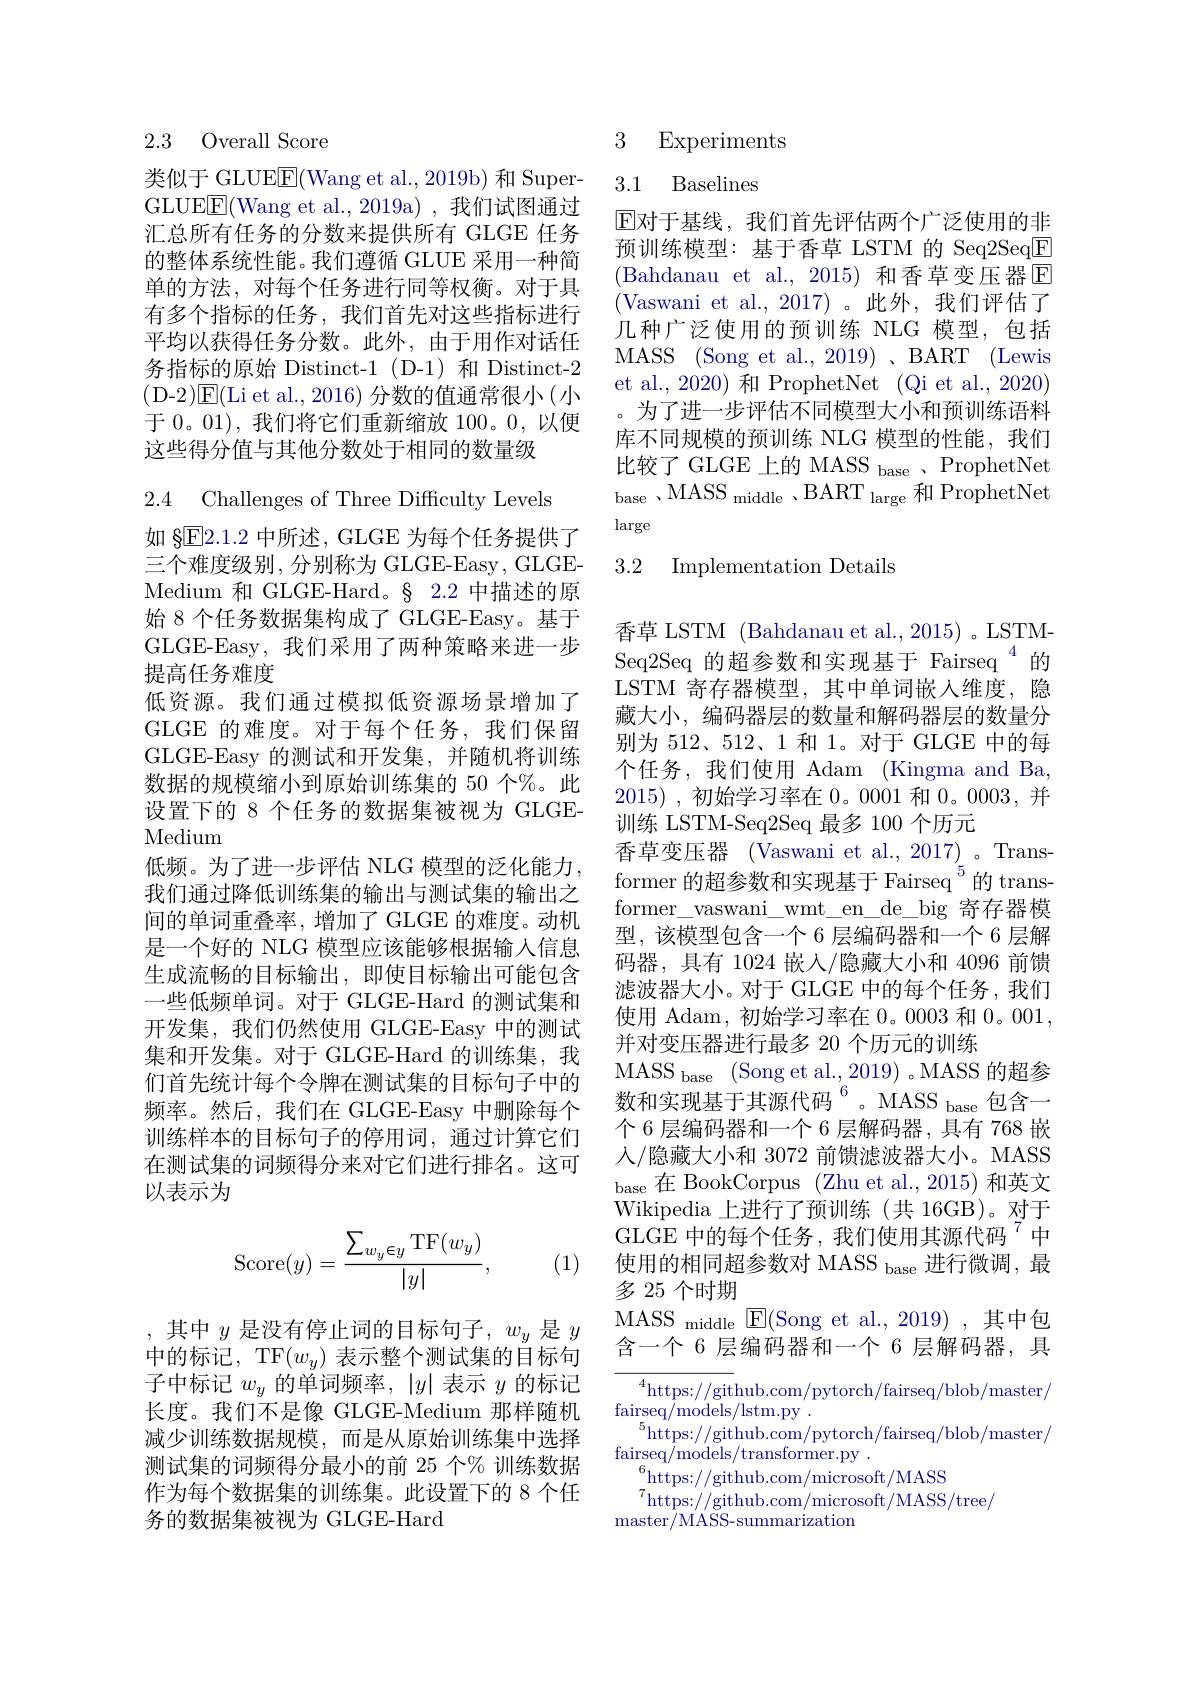
## 2.3 Overall Score

类似于 GLUE$\underline{\mathrm{E}}($Wang et al.,2019b) 和 SuperGLUE$\underline{\mathrm{E}}($Wang et al., 2019a) , 我们试图通过汇总所有任务的分数来提供所有 GLGE 任务的整体系统性能。我们遵循 GLUE 采用一种简单的方法，对每个任务进行同等权衡。对于具有多个指标的任务，我们首先对这些指标进行平均以获得任务分数。此外，由于用作对话任务指标的原始 Distinct-1 (D-1)和 Distinct-2 (D-2)[E(Li et al., 2016) 分数的值通常很小(小于 0。01), 我们将它们重新缩放 100。0, 以便这些得分值与其他分数处于相同的数量级

2.4 Challenges of Three Difficulty Levels
如 §$\underline{\mathrm{E}}2.1.2$中所述，GLGE 为每个任务提供了三个难度级别，分别称为 GLGE-Easy, GLGEMedium 和 GLGE-Hard。§ 2.2 中描述的原始 8 个任务数据集构成了 GLGE-Easy。基于GLGE-Easy, 我们采用了两种策略来进一步提高任务难度
低资源。我们通过模拟低资源场景增加了GLGE 的难度。对于每个任务，我们保留GLGE-Easy 的测试和开发集，并随机将训练数据的规模缩小到原始训练集的 50 个%。此设置下的 8 个任务的数据集被视为 GLGEMedium
低频。为了进一步评估 NLG 模型的泛化能力， 我们通过降低训练集的输出与测试集的输出之间的单词重叠率，增加了 GLGE 的难度。动机是一个好的 NLG 模型应该能够根据输入信息生成流畅的目标输出，即使目标输出可能包含一些低频单词。对于 GLGE-Hard 的测试集和开发集，我们仍然使用 GLGE-Easy 中的测试集和开发集。对于 GLGE-Hard 的训练集，我们首先统计每个令牌在测试集的目标句子中的频率。然后，我们在 GLGE-Easy 中删除每个训练样本的目标句子的停用词，通过计算它们在测试集的词频得分来对它们进行排名。这可以表示为
$$\mathrm{Score}(y)=\frac{\sum_{w_y\in y}\mathrm{TF}(w_y)}{|y|},$$
(1)

,其中$y$是没有停止词的目标句子$,w_y$是$y$ 中的标记，TF$(w_y)$表示整个测试集的目标句子中标记$w_y$的单词频率，$|y|$表示$y$的标记长度。我们不是像 GLGE-Medium 那样随机减少训练数据规模，而是从原始训练集中选择测试集的词频得分最小的前 25 个% 训练数据作为每个数据集的训练集。此设置下的 8 个任务的数据集被视为 GLGE-Hard

# 3 Experiments

## 3.1 Baselines

$\mathbb{E}$对于基线，我们首先评估两个广泛使用的非预训练模型：基于香草 LSTM 的 Seq2SeqE (Bahdanau et al.,2015)和香草变压器$\mathbb{E}$ (Vaswani et al.,2017)。此外，我们评估了几种广泛使用的预训练 NLG 模型，包括MASS (Song et al., 2019) 、BART (Lewis et al., 2020) 和 ProphetNet (Qi et al., 2020) 。为了进一步评估不同模型大小和预训练语料库不同规模的预训练 NLG 模型的性能，我们比较了 GLGE 上的 MASS base , ProphetNet base $, \mathrm{MASS~}_{\mathrm{middle}}$ $, \mathrm{BART~}_{\mathrm{large}}^{\mathrm{ouc}}$和ProphetNet large

### 3.2 Implementation Details

香草 LSTM (Bahdanau et al., 2015) 。LSTMSeq2Seq 的超参数和实现基于 Fairseq $^{4}$的LSTM 寄存器模型，其中单词嵌人维度，隐藏大小，编码器层的数量和解码器层的数量分别为 512、512、1 和 1。对于 GLGE 中的每个任务，我们使用 Adam (Kingma and Ba, 2015) ,初始学习率在0。0001 和0。0003,并训练 LSTM-Seq2Seq 最多 100 个历元
香草变压器 (Vaswani et al., 2017) 。Transformer 的超参数和实现基于 Fairseq $^{5}$的 transformer\_vaswani\_wmt\_en\_de\_big 寄存器模型，该模型包含一个 6 层编码器和一个 6 层解码器，具有 1024 嵌入/隐藏大小和 4096 前馈滤波器大小。对于 GLGE 中的每个任务，我们使用 Adam, 初始学习率在 0。0003 和0。001, 并对变压器进行最多 20 个历元的训练
MASS base (Song et al., 2019) 。MASS 的超参数和实现基于其源代码$^{6}$。MASS base 包含一个 6 层编码器和一个 6 层解码器 , 具有 768 嵌人/隐藏大小和 3072 前馈滤波器大小。MASS base 在 BookCorpus (Zhu et al., 2015) 和英文Wikipedia 上进行了预训练(共 16GB)。对于GLGE 中的每个任务，我们使用其源代码“中使用的相同超参数对 MASS $_\mathrm{base}$进行微调，最多 25 个时期
MASS middle E(Song et al.,2019),其中包含一个 6 层编码器和一个 6 层解码器，具
${^{4}\text{https://git}}$hub.com/pytorch/fairseq/blob/master/
$\underset{5}{\operatorname*{\operatorname*{fairseq/models/lstm.py}}}{\operatorname*{fairseq/models/lstm.py}}.$
$^{5}$https://github.com/pytorch/fairseq/blob/master/
$\operatorname* { fairseq/ models/ transformer. py}$ .
$^{6}$https://github.com/microsoft/MASS
https: / / github. com/ microsoft/ MASS/ tree/

master/ MASS- summarization